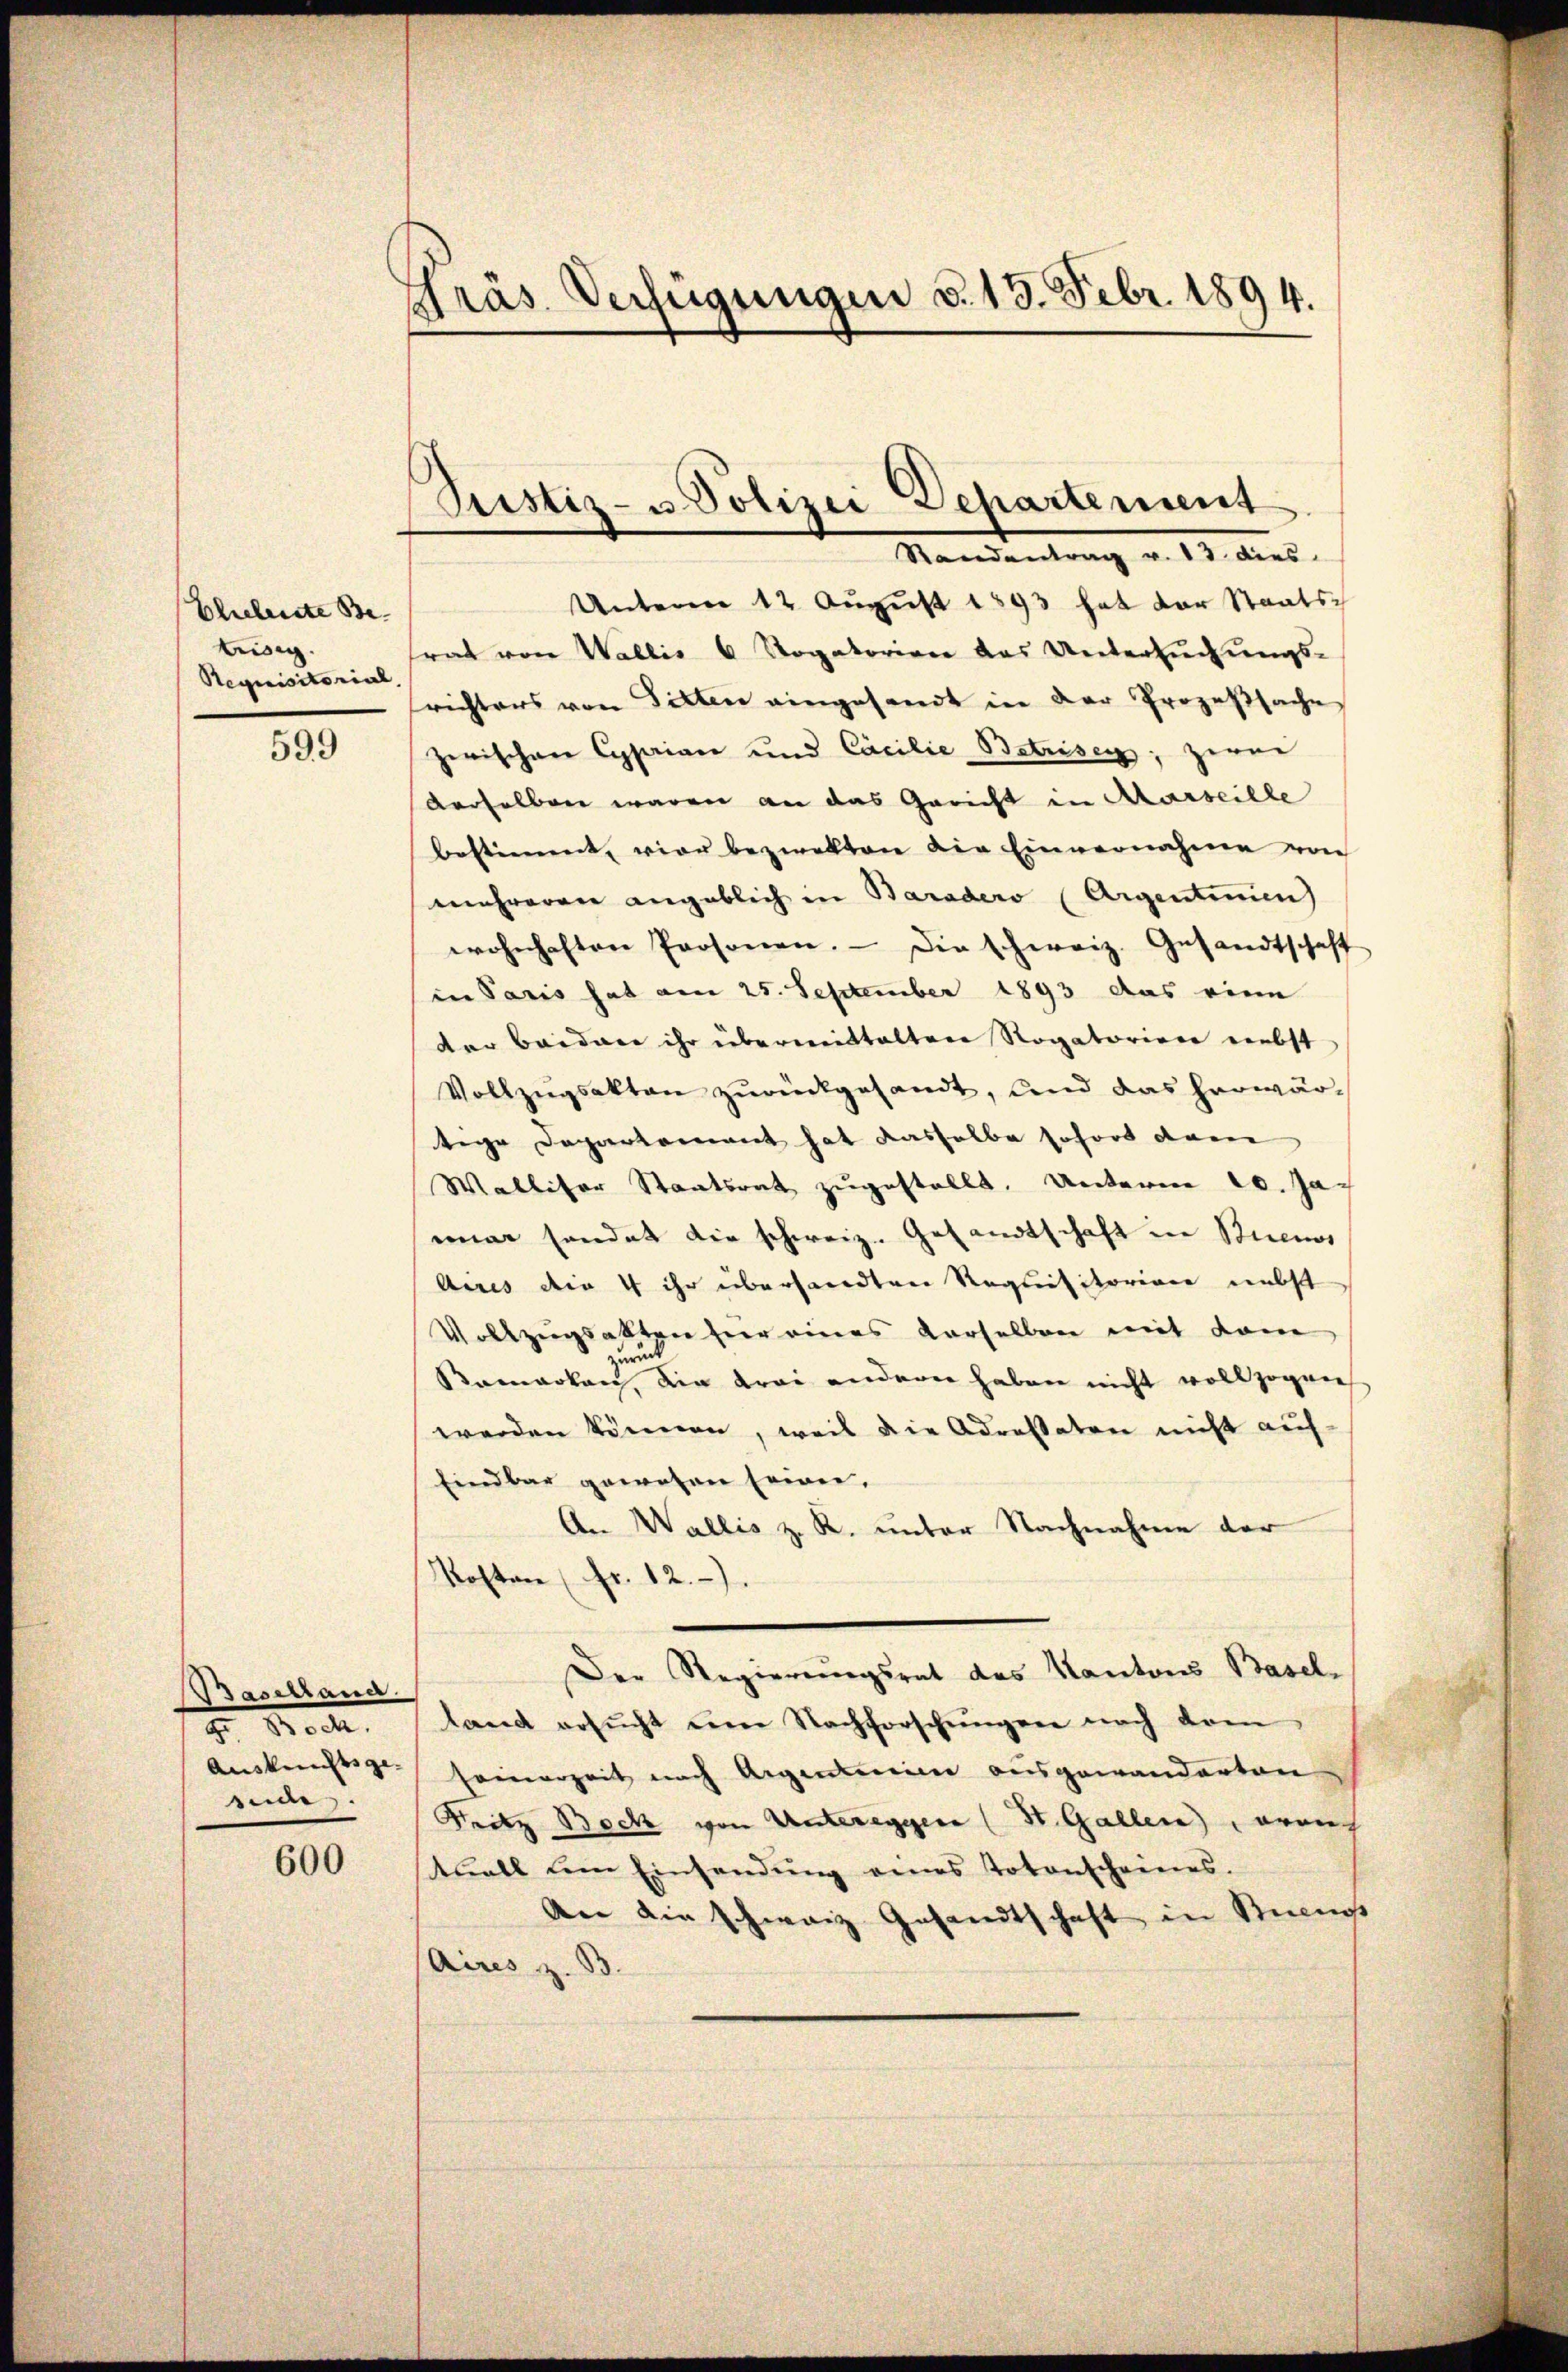
Eliehenste Be
teidig
Requisitorial,

599

Baselland.
2. d. M.
Auskunftsge-
side

600

Präs. Verfügungen d. 13. Febr. 1894.

Pristiz- u Polizei Departement
Handentrag v. 13. dies

Unterm 12. August 1893 hat der Staatsrat von Wallis 6 Rogatorien das Untersuchungs-
richters von Sitten eingesandt in der Prozeßsache
zerischen Cypriare und Casilie Betrisey; zwei
derselben waren an das Gericht in Aarseille
bestimmt, vier bezweiten die Einvernahme von
mehreren angeblich in Baradero (Argentimen)
wohnhaften Personen. Die schweiz. Gesandtschaft
in Paris hat am 25. September 1893 das einm
der baidare ihr übermittaltene Rogatorien nebst
Vollzŭgsakten zurückgesandt, und das herwärtige Departement hat dasselbe sofort dann
Walliser Staatsrat zugestellt. Unterm 20. Ja
mar sendet die schweiz. Gesandtschaft in Studios
Aires die 4 ihr übersandten Requisitoriore nebst
Vollzugsalten für eines derselben mit dam
zurüc
Samarken, die drei andern haben nicht vollzogen
werden können, weil die Adressaten nicht auf-
Eindbar gewesen Erwie¬
An Wallis z. R. unter Nachnahme der
Kosten (fr. 12.)
Der Regierungsrat des Kantons Basel-
land ersŭcht eine Nachforschŭngen nach dem
seinerzeit nach Aigentarii ausgewanderten
Fritz Bock von Unteregger (St. Gallen) errich
uall dem Einsendŭng eines Totenscheines.
An die schweiz Gesandtschaft in Stimm
Aires z. B